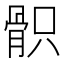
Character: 𩨵